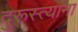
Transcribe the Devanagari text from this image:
दुरूस्त्यांना